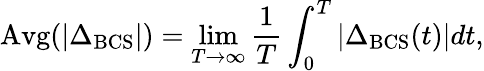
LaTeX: \mathrm{Avg}(|\Delta_{\mathrm{BCS}}|)=\operatorname*{lim}_{T\to\infty}\frac{1}{T}\int_{0}^{T}|\Delta_{\mathrm{BCS}}(t)|dt,